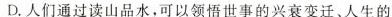
D.人们通过读山品水，可以领悟世事的兴衰变迁、人生的